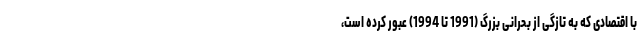
با اقتصادی که به تازگی از بحرانی بزرگ (1991 تا 1994) عبور کرده است،